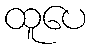
ထူပေ